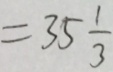
= 3 5 \frac { 1 } { 3 }